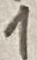
Text: 1